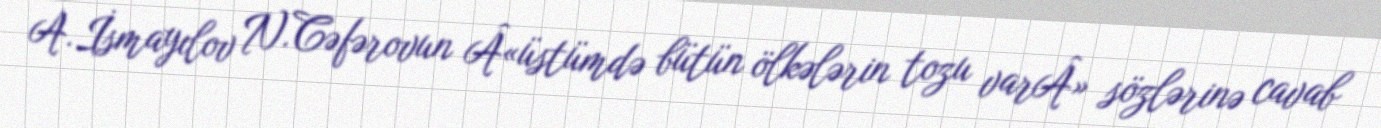
A.İsmayılov N.Cəfərovun Â«üstümdə bütün ölkələrin tozu varÂ» sözlərinə cavab